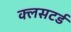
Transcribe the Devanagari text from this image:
क्लसटर्ड